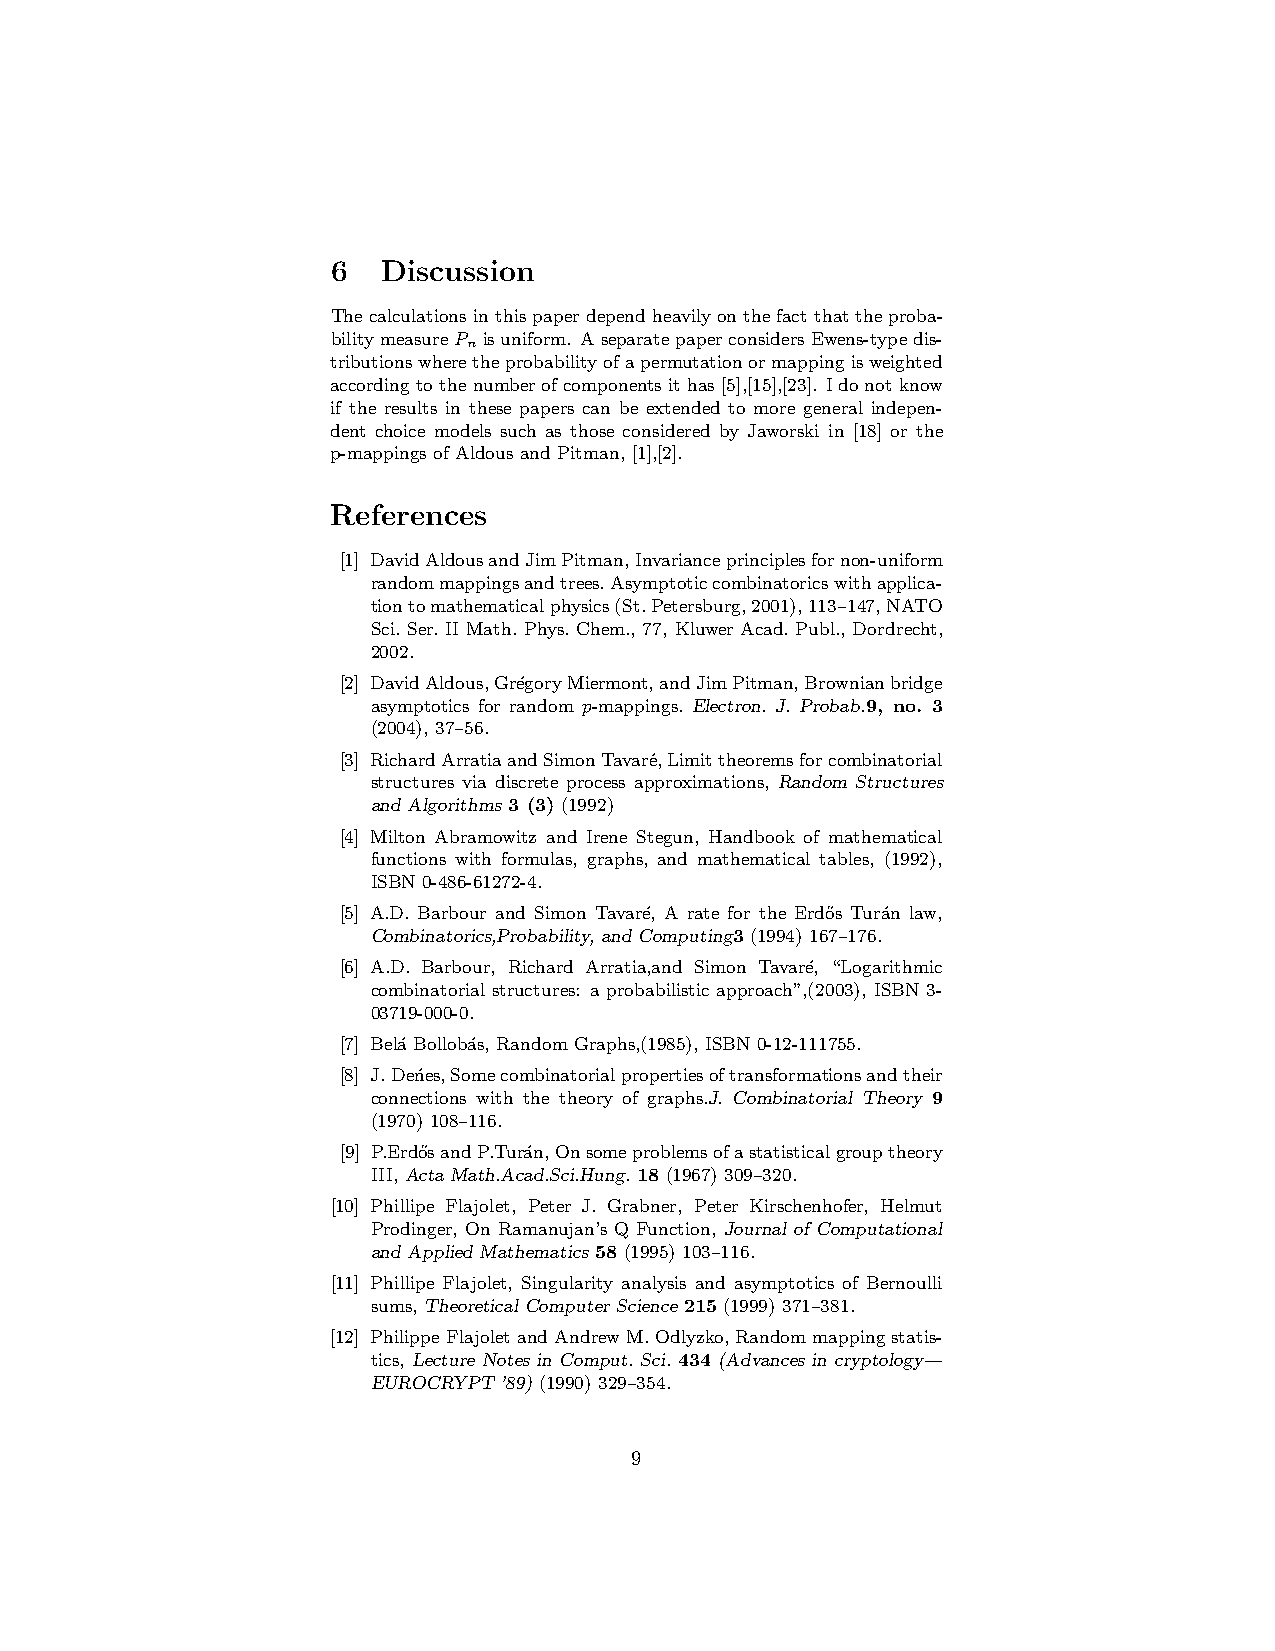
6  Discussion
 Thecalculations inthispaperdependheavilyonthefact thattheproba-
 bilitymeasureP isuniform. AseparatepaperconsidersEwens-typedis-
 n
 tributionswheretheprobabilityofapermutationormappingisweighted
 according tothenumberofcomponentsithas[5],[15],[23]. Idonot know
 if the results in these papers can be extended to more general indepen-
 dent choice models such as those considered by Jaworski in [18] or the
 p-mappings of Aldous and Pitman, [1],[2].
 References
 [1] DavidAldousandJimPitman,Invarianceprinciplesfornon-uniform
 randommappingsandtrees.Asymptoticcombinatoricswithapplica-
 tiontomathematicalphysics(St.Petersburg,2001),113–147,NATO
 Sci. Ser. II Math. Phys. Chem., 77, Kluwer Acad. Publ., Dordrecht,
 2002.
 [2] DavidAldous,Gr´egoryMiermont,andJimPitman,Brownianbridge
 asymptotics for random p-mappings. Electron. J. Probab.9, no. 3
 (2004), 37–56.
 [3] RichardArratiaandSimonTavar´e,Limittheoremsforcombinatorial
 structures via discrete process approximations, Random Structures
 and Algorithms 3 (3) (1992)
 [4] Milton Abramowitz and Irene Stegun, Handbook of mathematical
 functions with formulas, graphs, and mathematical tables, (1992),
 ISBN 0-486-61272-4.
 [5] A.D. Barbour and Simon Tavar´e, A rate for the Erd˝os Tur´an law,
 Combinatorics,Probability, and Computing3 (1994) 167–176.
 [6] A.D. Barbour, Richard Arratia,and Simon Tavar´e, “Logarithmic
 combinatorial structures: a probabilistic approach”,(2003), ISBN 3-
 03719-000-0.
 [7] Bel´a Bollob´as, Random Graphs,(1985), ISBN 0-12-111755.
 [8] J.Den´es,Somecombinatorialpropertiesoftransformationsandtheir
 connections with the theory of graphs.J. Combinatorial Theory 9
 (1970) 108–116.
 [9] P.Erd˝osandP.Tur´an,Onsomeproblemsofastatisticalgrouptheory
 III, ActaMath.Acad.Sci.Hung. 18 (1967) 309–320.
 [10] Phillipe Flajolet, Peter J. Grabner, Peter Kirschenhofer, Helmut
 Prodinger, On Ramanujan’s Q Function, Journal of Computational
 and Applied Mathematics 58 (1995) 103–116.
 [11] Phillipe Flajolet, Singularity analysis and asymptotics of Bernoulli
 sums, Theoretical Computer Science 215 (1999) 371–381.
 [12] PhilippeFlajolet andAndrewM.Odlyzko,Randommappingstatis-
 tics, Lecture Notes in Comput. Sci. 434 (Advances in cryptology—
 EUROCRYPT’89) (1990) 329–354.
 9